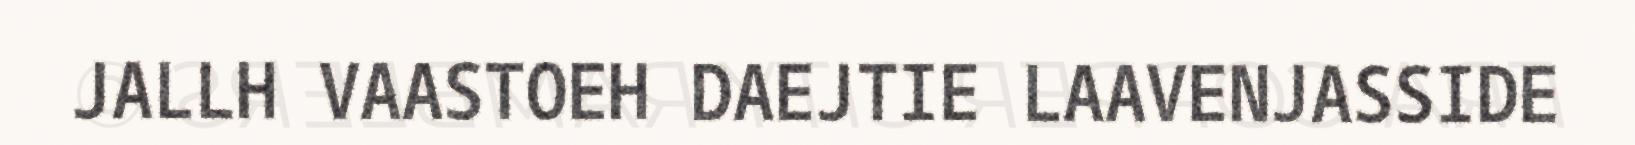
JALLH VAASTOEH DAEJTIE LAAVENJASSIDE